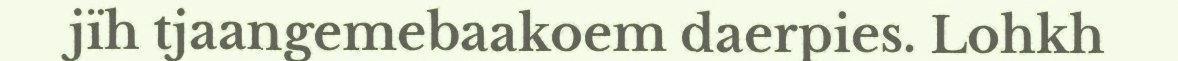
jïh tjaangemebaakoem daerpies. Lohkh